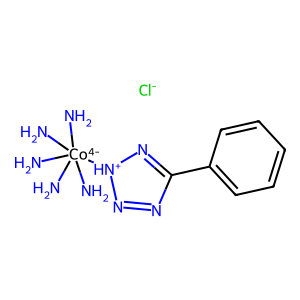
SMILES: N[Co-4](N)(N)(N)(N)[NH+]1N=NC(c2ccccc2)=N1.[Cl-]
Inhibits HIV replication: No